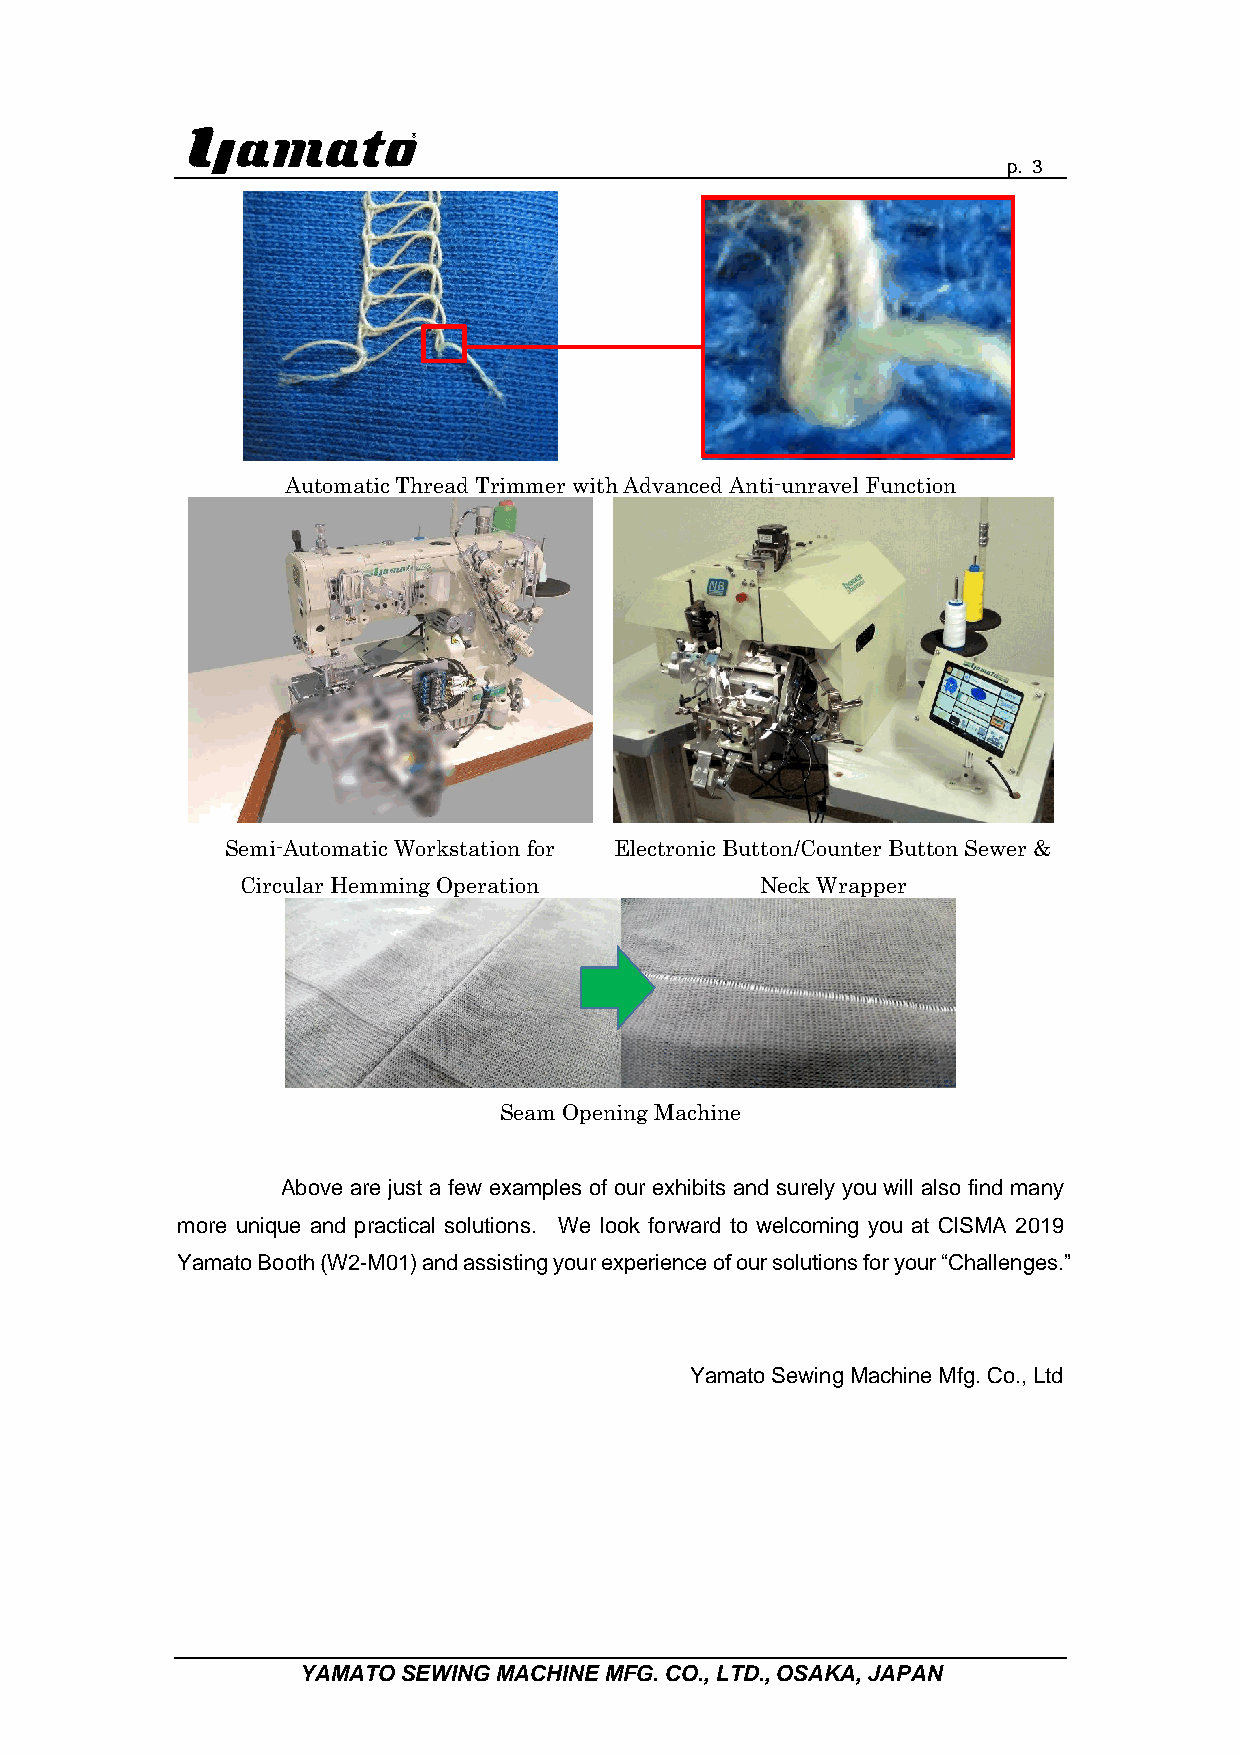
p. 3
 Automatic Thread Trimmer with Advanced Anti-unravel Function
 Semi-Automatic Workstation for Electronic Button/Counter Button Sewer &
 Circular Hemming Operation        Neck Wrapper
 Seam Opening Machine
 Above are just a few examples of our exhibits and surely you will also find many
 more unique and practical solutions. We look forward to welcoming you at CISMA 2019
 Yamato Booth (W2-M01) and assisting your experience of our solutions for your “Challenges.”
 Yamato Sewing Machine Mfg. Co., Ltd
 YAMATO SEWING MACHINE MFG. CO., LTD., OSAKA, JAPAN